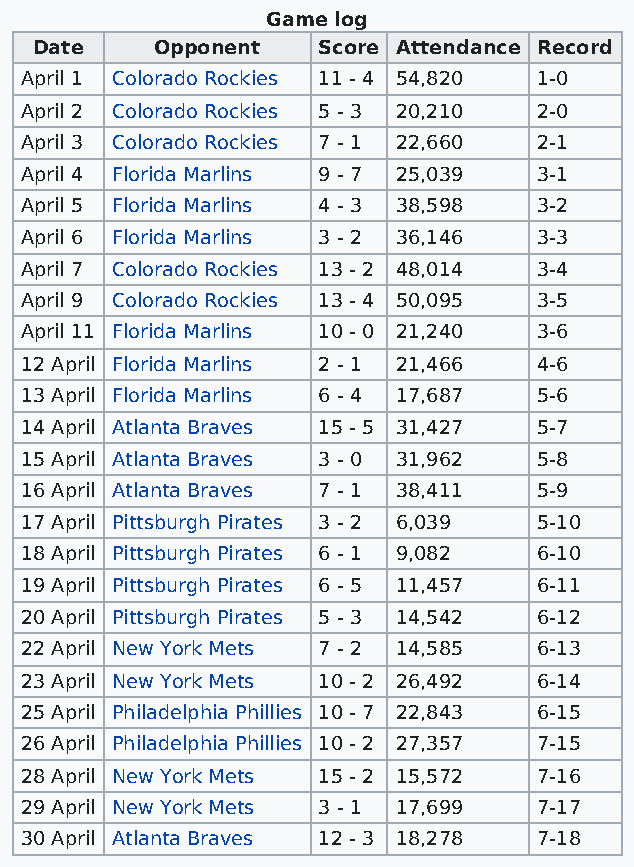
Game log
 Date    Opponent   Score Attendance Record
 April 1 Colorado Rockies 11 - 4 54,820 1-0
 April 2 Colorado Rockies 5 - 3 20,210 2-0
 April 3 Colorado Rockies 7 - 1 22,660 2-1
 April 4 Florida Marlins 9 - 7 25,039 3-1
 April 5 Florida Marlins 4 - 3 38,598 3-2
 April 6 Florida Marlins 3 - 2 36,146 3-3
 April 7 Colorado Rockies 13 - 2 48,014 3-4
 April 9 Colorado Rockies 13 - 4 50,095 3-5
 April 11 Florida Marlins 10 - 0 21,240 3-6
 12 April Florida Marlins 2 - 1 21,466 4-6
 13 April Florida Marlins 6 - 4 17,687 5-6
 14 April Atlanta Braves 15 - 5 31,427 5-7
 15 April Atlanta Braves 3 - 0 31,962 5-8
 16 April Atlanta Braves 7 - 1 38,411 5-9
 17 April Pittsburgh Pirates 3 - 2 6,039 5-10
 18 April Pittsburgh Pirates 6 - 1 9,082 6-10
 19 April Pittsburgh Pirates 6 - 5 11,457 6-11
 20 April Pittsburgh Pirates 5 - 3 14,542 6-12
 22 April New York Mets 7 - 2 14,585 6-13
 23 April New York Mets 10 - 2 26,492 6-14
 25 April Philadelphia Phillies 10 - 7 22,843 6-15
 26 April Philadelphia Phillies 10 - 2 27,357 7-15
 28 April New York Mets 15 - 2 15,572 7-16
 29 April New York Mets 3 - 1 17,699 7-17
 30 April Atlanta Braves 12 - 3 18,278 7-18